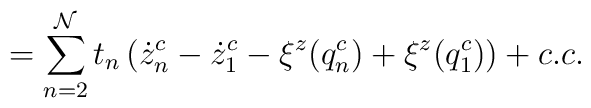
= \sum_{n=2}^{\cal N} t_n \left(\dot z^c_n -\dot z^c_1 - \xi^z(q^c_n)+\xi^z(q^c_1)\right) + c.c.